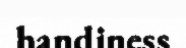
handiness